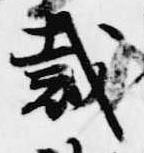
裁